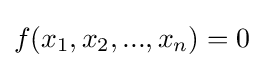
f(x_{1},x_{2},...,x_{n})=0